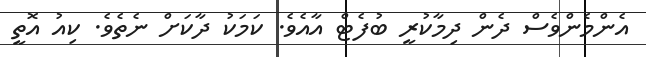
އެންމެންވެސް ދެން ދިމާކުރީ ބުފެޓް އާއެވެ. ކަމަކު ދާކަށް ނެތެވެ. ކިއު އޮތީ